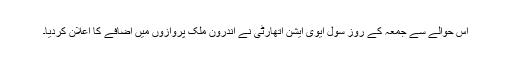
اس حوالے سے جمعہ کے روز سول ایوی ایشن اتھارٹی نے اندرون ملک پروازوں میں اضافے کا اعلان کردیا۔